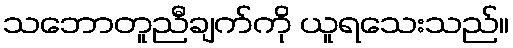
သဘောတူညီချက်ကို ယူရသေးသည်။